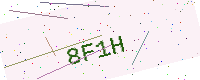
Text: 8F1H